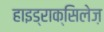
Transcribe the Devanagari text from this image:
हाइड्राक्सिलेज़